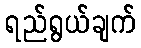
ရည်ရွယ်ချက်